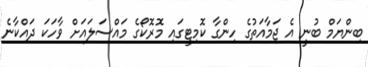
ބިންޔަމް ބުނީ އެ ޖަމާއަތުގެ ހިންގާ ކޮމިޓީގައި މޮރޮކޯގެ މައްސަލައަށް ވާހަކަ ދައްކާނެ